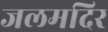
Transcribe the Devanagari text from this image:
जलमदिर